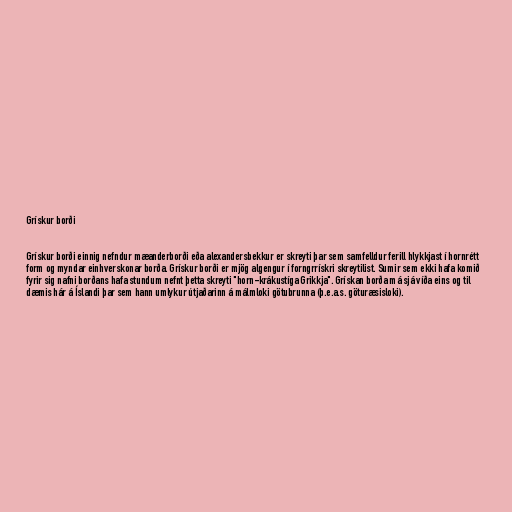
Grískur borði

Grískur borði einnig nefndur mæanderborði eða alexandersbekkur er skreyti þar sem samfelldur ferill hlykkjast í hornrétt
form og myndar einhverskonar borða. Grískur borði er mjög algengur í forngrrískri skreytilist. Sumir sem ekki hafa komið
fyrir sig nafni borðans hafa stundum nefnt þetta skreyti "horn-krákustíga Grikkja". Grískan borða má sjá víða eins og til
dæmis hár á Íslandi þar sem hann umlykur útjaðarinn á málmloki götubrunna (þ.e.a.s. göturæsisloki).